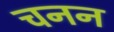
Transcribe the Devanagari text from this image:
चनन